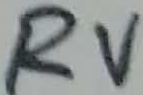
Text: RV